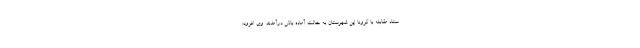
ستاد مقابله با کرونا این شهرستان به حالت آماده باش درآمدند. وی افزود: